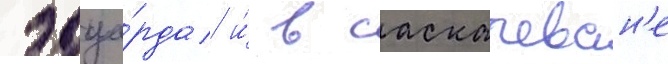
эдуа́рда и́ в саскачеван'е